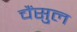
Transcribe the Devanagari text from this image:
चैंसुल